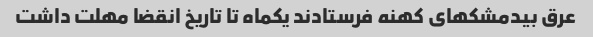
عرق بیدمشکهای کهنه فرستادند یکماه تا تاریخ انقضا مهلت داشت